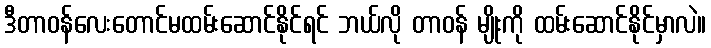
ဒီတာဝန်လေးတောင်မထမ်းဆောင်နိုင်ရင် ဘယ်လို တာဝန် မျိုးကို ထမ်းဆောင်နိုင်မှာလဲ။